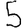
Digit: 5